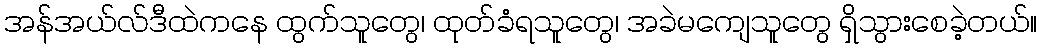
အန်အယ်လ်ဒီထဲကနေ ထွက်သူတွေ၊ ထုတ်ခံရသူတွေ၊ အခဲမကျေသူတွေ ရှိသွားစေခဲ့တယ်။